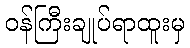
ဝန်ကြီးချုပ်ရာထူးမှ